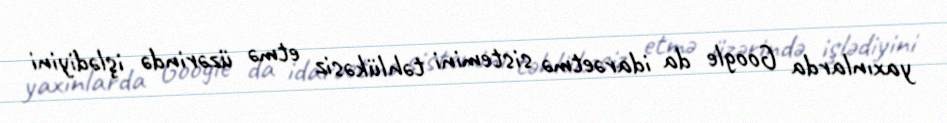
yaxınlarda Google da idarəetmə sistemini təhlükəsiz etmə üzərində işlədiyini